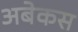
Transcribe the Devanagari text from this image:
अबेकस